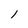
Character: 1